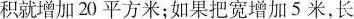
积就增加20平方米；如果把宽增加5米，长